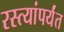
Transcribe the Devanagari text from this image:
रस्त्यांपर्यंत